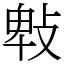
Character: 㪏